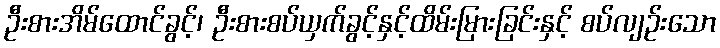
ဦးစားအိမ်ထောင်ခွင့်၊ ဦးစားစပ်ယှက်ခွင့်နှင့်ထိမ်းမြားခြင်းနှင့် စပ်လျဉ်းသော